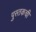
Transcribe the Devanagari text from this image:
पुस्तकची